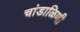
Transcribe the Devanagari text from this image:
चांडाळिणी